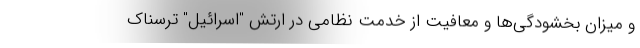
و میزان بخشودگی‌ها و معافیت از خدمت نظامی در ارتش "اسرائیل" ترسناک